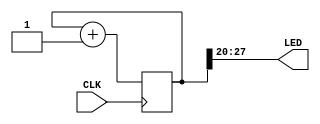
module example(
	input wire CLK,
	output wire [7:0] LED
);

reg [27:0] ctr;
initial ctr = 0;

always @(posedge CLK)
	ctr <= ctr + 1;

assign LED = ctr[27:20];

endmodule